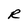
Character: R